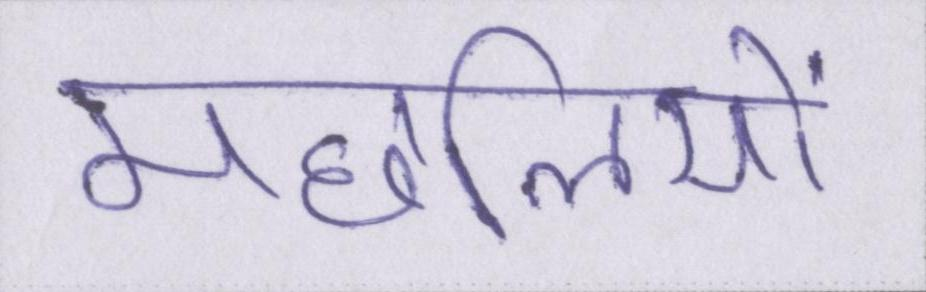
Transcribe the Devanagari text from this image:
मछलियों